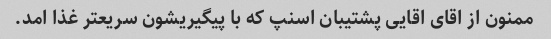
ممنون از اقای اقایی پشتیبان اسنپ که با پیگیریشون سریعتر غذا امد.